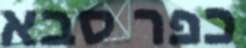
כפר סבא